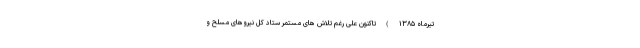
تیرماه ۱۳۸۵ ) تاکنون علی رغم تلاش های مستمر ستاد کل نیروهای مسلح و